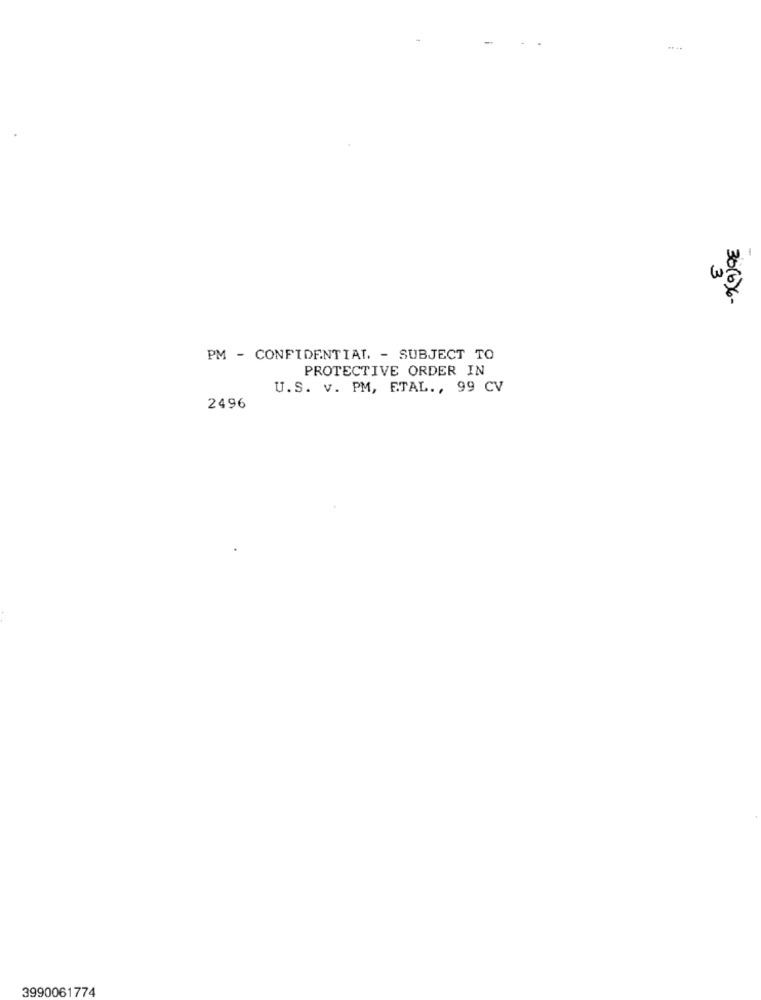
3
30 (6) 6 -
PM - CONFIDENTIAL. - SUBJECT TO
PROTECTIVE ORDER IN
U.S. v. PM, ETAL ., 99 CV
2496
3990061774